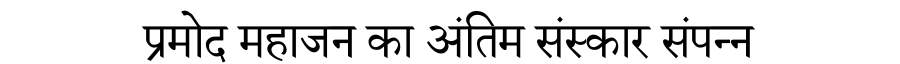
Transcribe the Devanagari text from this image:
प्रमोद महाजन का अंतिम संस्कार संपन्न